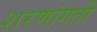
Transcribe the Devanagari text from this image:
शरणांगती